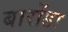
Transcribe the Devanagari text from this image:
बारोंडा